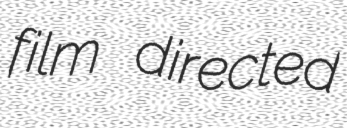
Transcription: film directed